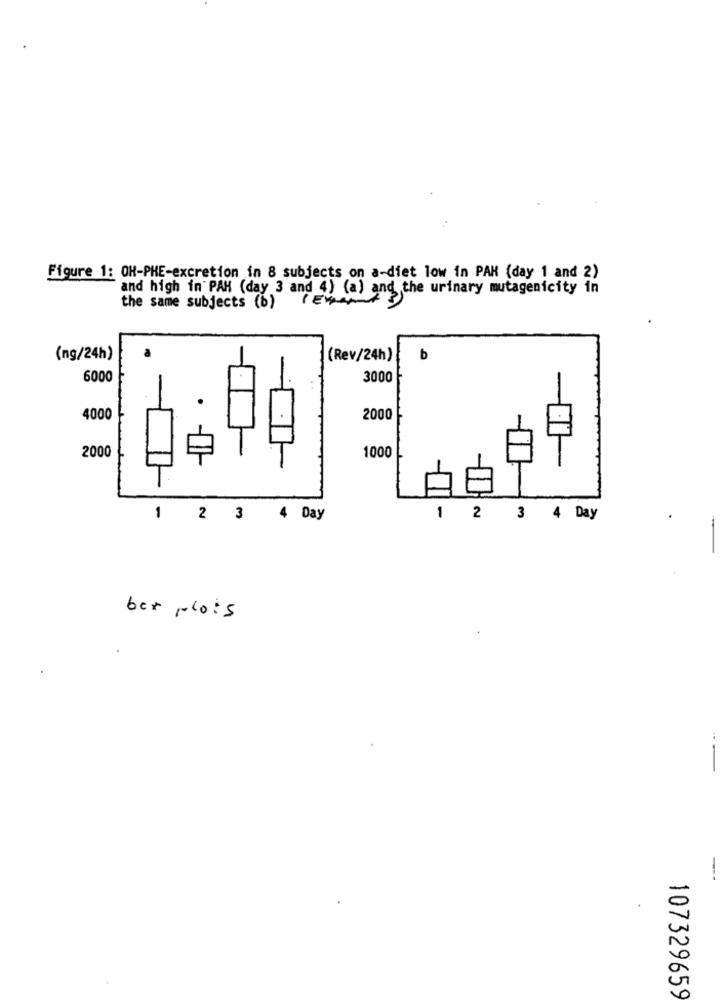
Figure 1: OH-PHE-excretion in 8 subjects on a-diet low in PAH (day 1 and 2)
and high in PAH (day 3 and 4) (a) and the urinary mutagenicity in
the same subjects (b)
(ng/24h)
(Rev/24h)
b
6000
3000
4000
.
2000
2000
1000
1
2 3
4 Day
1 2 3 4 Day
ber plots
--
107329659